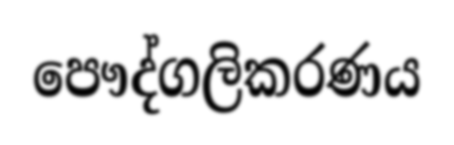
පෞද්ගලිකරණය